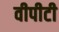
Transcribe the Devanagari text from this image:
वीपीटी